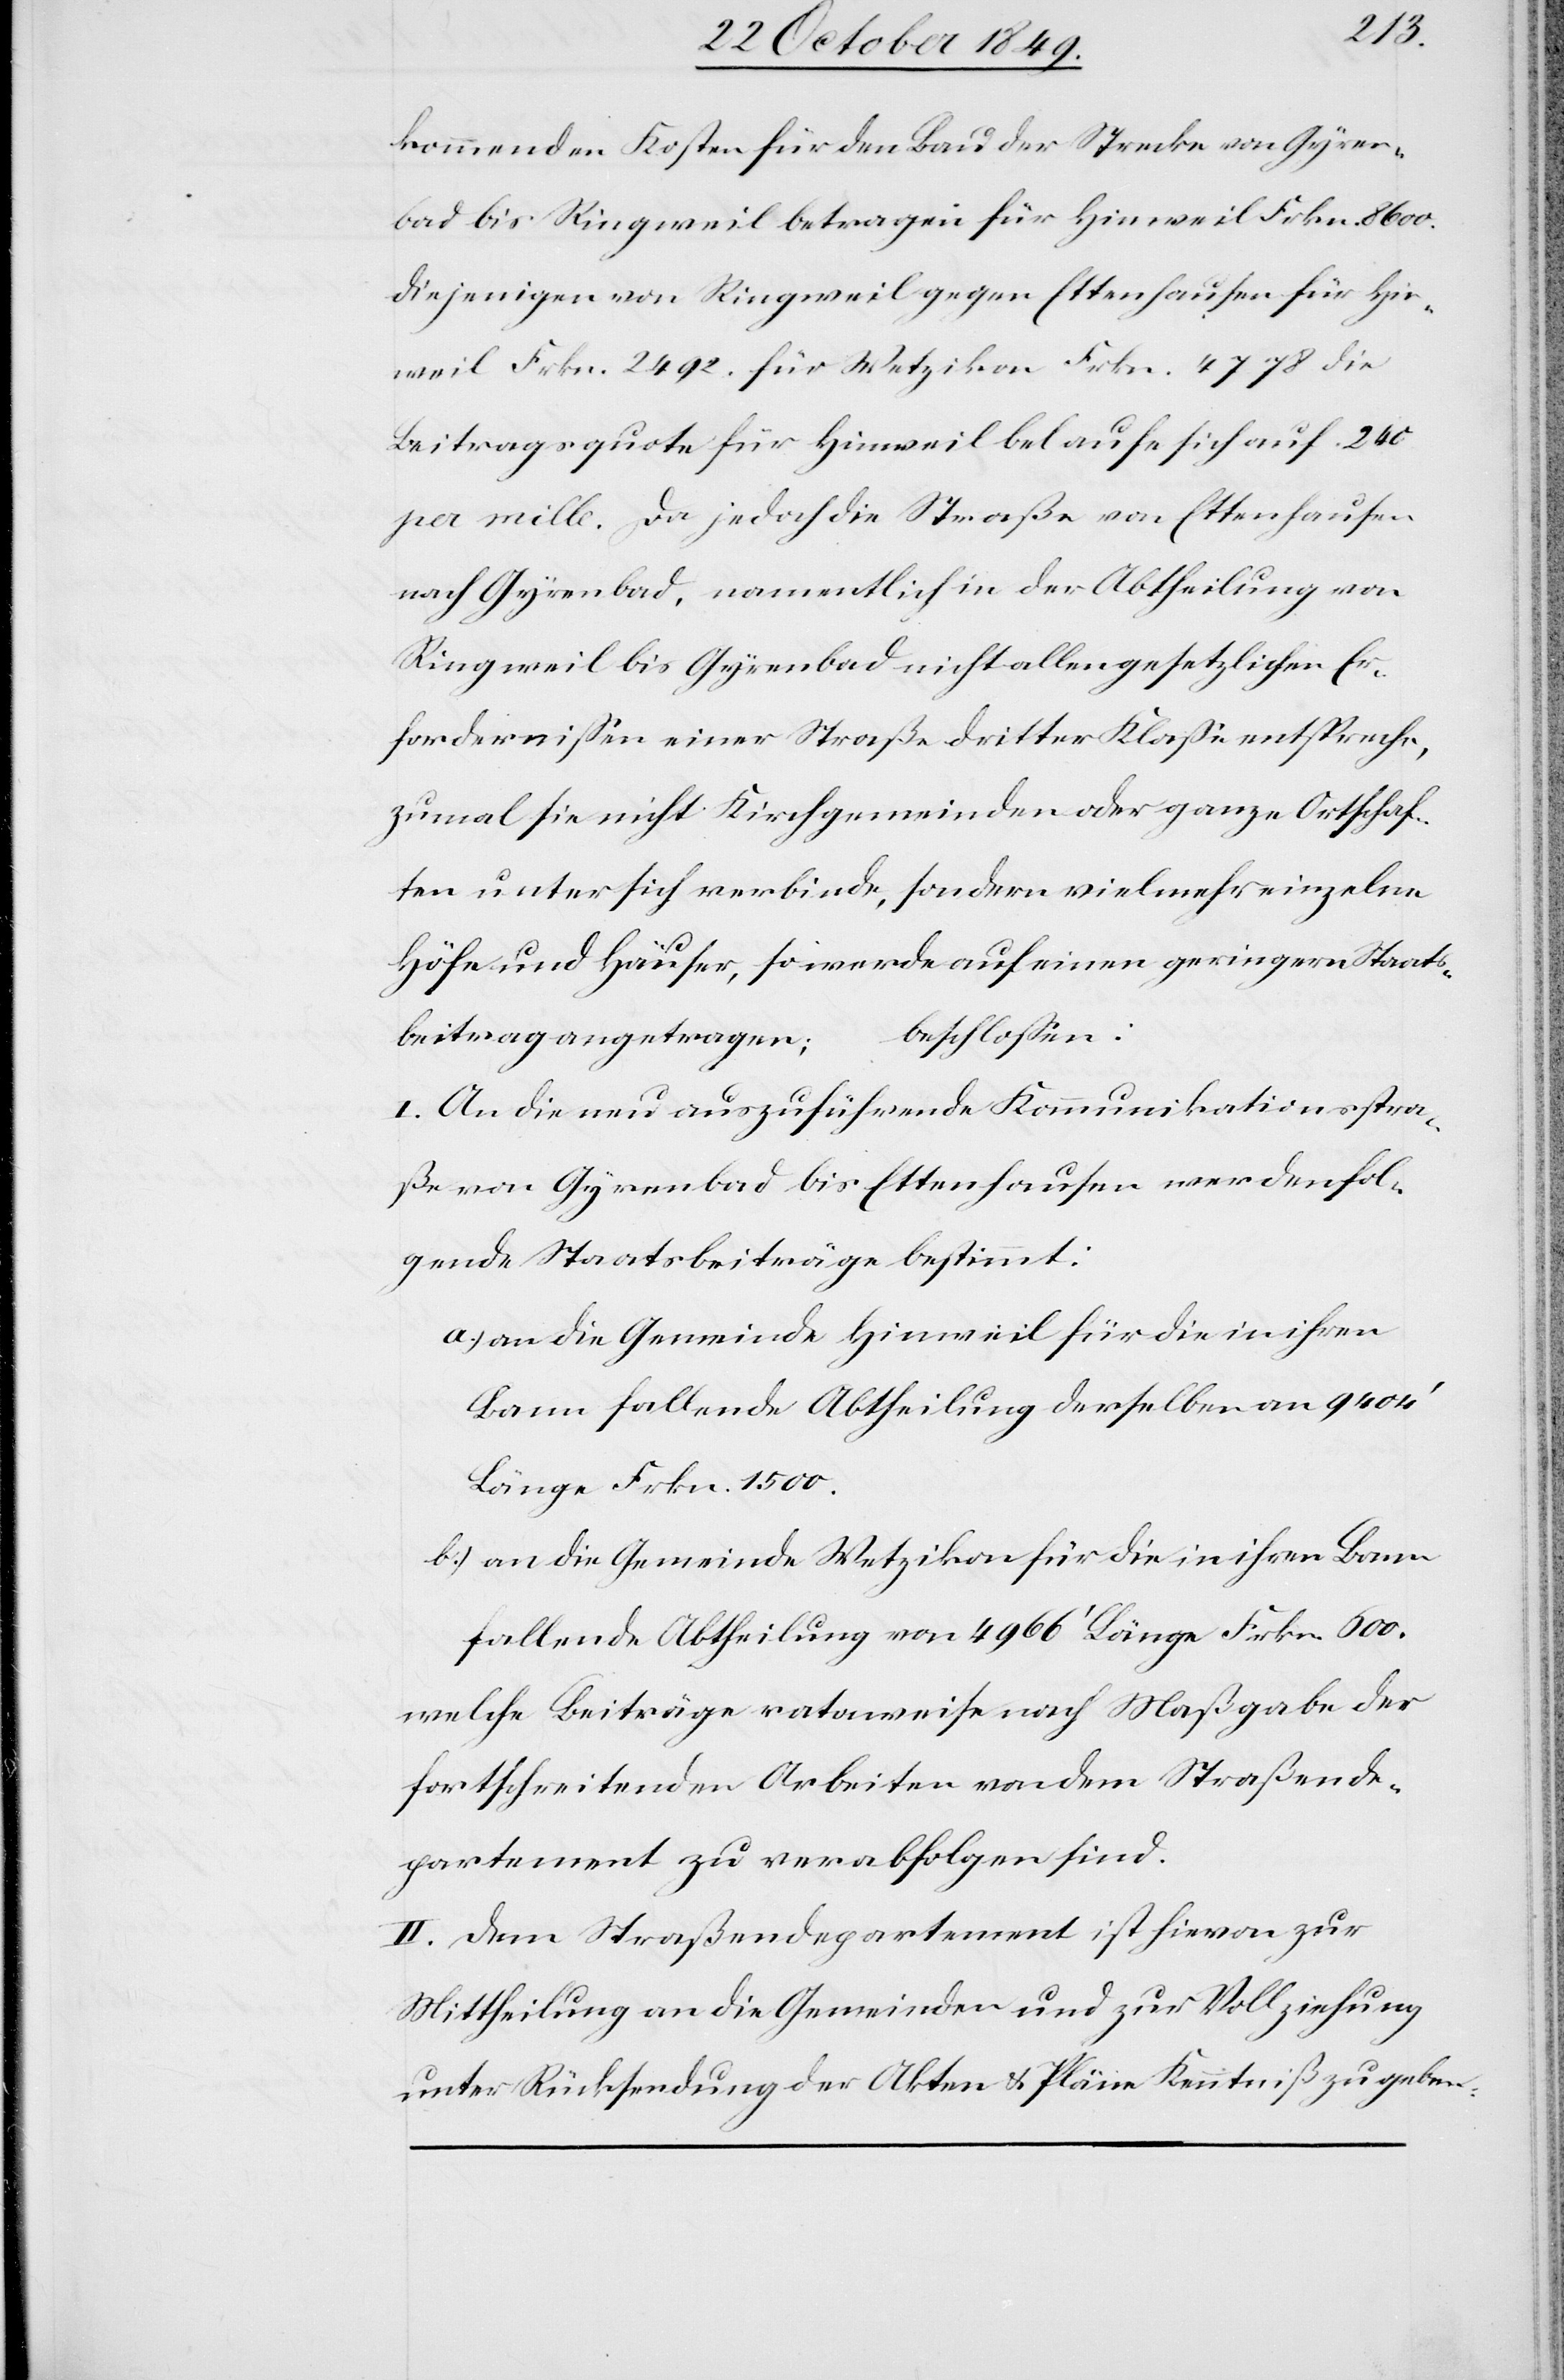
kommenden Kosten für den Bau der Strecke von Gyren¬
bad bis Ringweil betragen für Hinweil Frkn. 8600.
Diejenigen von Ringweil gegen Ettenhausen für Hin¬
weil Frkn. 2492. für Wetzikon Frkn. 4778 die
Beitragsquote für Hinweil belaufe sich auf 240
pro mille. Da jedoch die Straße von Ettenhausen
nach Gyrenbad, namentlich in der Abtheilung von
Ringweil bis Gyrenbad nicht allen gesetzlichen Er¬
fordernißen einer Straße dritter Klaße entspreche,
zumal sie nicht Kirchgemeinden oder ganze Ortschaf¬
ten unter sich verbinde, sondern vielmehr einzelne
Höfe und Häuser, so werde auf einen geringern Staats¬
beschloßen:
beitrag angetragen;
I. An die neu auszuführende Kommunikationsstra¬
ße von Gyrenbad bis Ettenhausen werden fol¬
gende Staatsbeiträge bestimmt:
a) an die Gemeinde Hinweil für die in ihren
Banne fallende Abtheilung derselben an 9404’
Länge Frkn. 1500.
b) an die Gemeinde Wetzikon für die in ihren Banne
fallende Abtheilung von 4966’ Länge Frkn. 600.
welche Beiträge rataweise nach Maßgabe der
fortschreitenden Arbeiten von dem Straßende¬
partement zu verabfolgen sind.
II. Dem Straßendepartement ist hievon zur
Mittheilung an die Gemeinden und zur Vollziehung
unter Rücksendung der Akten u. Pläne Kenntniß zu geben.